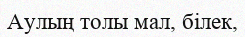
Аулың толы мал, бiлек,